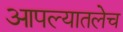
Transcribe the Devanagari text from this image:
आपल्यातलेच